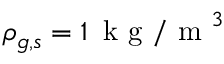
\rho _ { g , s } = 1 \, \mathrm { ~ k ~ g ~ / ~ m ~ } ^ { 3 }